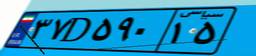
۳۷D۵۹۰۱۵